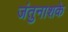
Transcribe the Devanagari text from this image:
जंतुनाशके